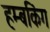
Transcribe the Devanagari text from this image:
हम्बकिंग